Leaving Certificate Examination, 1925
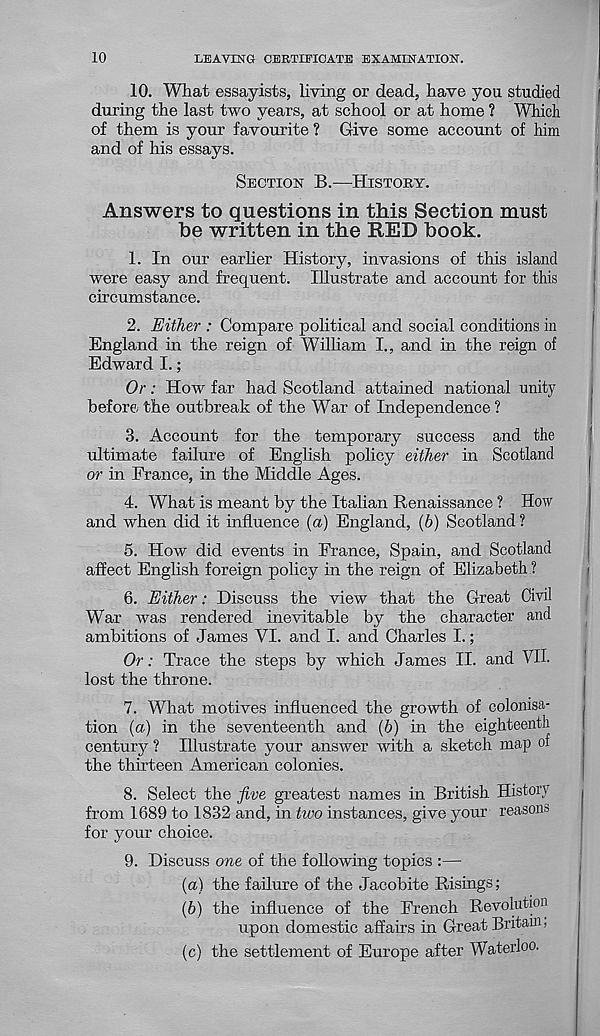
10
LEAVING CERTIFICATE EXAMINATION.
10. What essayists, living or dead, have you studied
during the last two years, at school or at home ? Which
of them is your favourite ? Give some account of him
and of his essays.
SECTION B.—HISTORY.
Answers to questions in this Section must
be written in the RED hook.
1. In our earher History, invasions of this island
were easy and frequent. Illustrate and account for this
circumstance.
2. Either : Compare political and social conditions in
England in the reign of William I., and in the reign of
Edward I.;
Or: How far had Scotland attained national unity
before the outbreak of the War of Independence ?
3. Account for the temporary success and the
ultimate failure of English policy either in Scotland
or in France, in the Middle Ages.
4. What is meant by the Italian Renaissance ? How
and when did it influence (a) England, (b) Scotland ?
5. How did events in France, Spain, and Scotland
affect English foreign policy in the reign of Elizabeth ?
6. Either: Discuss the view that the Great Civil
War was rendered inevitable by the character and
ambitions of James YI. and I. and Charles I.;
Or: Trace the steps by which James II. and VII-
lost the throne.
7. What motives influenced the growth of colonisa-
tion (a) in the seventeenth and (6) in the eighteenth
century ? Illustrate your answer with a sketch map of
the thirteen American colonies.
8. Select the five greatest names in British History
from 1689 to 1832 and, in two instances, give your reasons
for your choice.
9. Discuss one of the following topics :—
(а) the failure of the Jacobite Risings;
(б) the influence of the French Revolution
upon domestic affairs in Great Britam,
(c) the settlement of Europe after Waterloo.